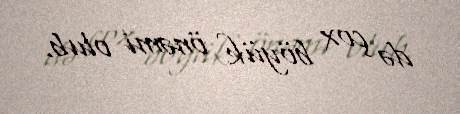
də çox böyük önəmi olub.